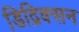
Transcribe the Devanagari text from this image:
डिद्रिक्सन